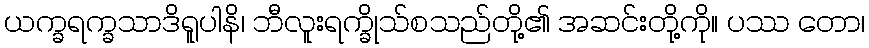
ယက္ခရက္ခသာဒိရူပါနိ၊ ဘီလူးရက္ခိုသ်စသည်တို့၏ အဆင်းတို့ကို။ ပဿ တော၊